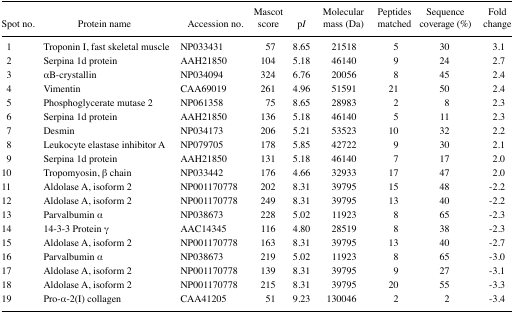
<table><thead><tr><td><b>Spot no.</b></td><td><b>Protein name</b></td><td><b>Accession no.</b></td><td><b>Mascot score</b></td><td><b>p<i>I</i></b></td><td><b>Molecular mass (Da)</b></td><td><b>Peptides matched</b></td><td><b>Sequence coverage (%)</b></td><td><b>Fold change</b></td></tr></thead><tbody><tr><td>1</td><td>Troponin I, fast skeletal muscle</td><td>NP033431</td><td>57</td><td>8.65</td><td>21518</td><td>5</td><td>30</td><td>3.1</td></tr><tr><td>2</td><td>Serpina 1d protein</td><td>AAH21850</td><td>104</td><td>5.18</td><td>46140</td><td>9</td><td>24</td><td>2.7</td></tr><tr><td>3</td><td>αB-crystallin</td><td>NP034094</td><td>324</td><td>6.76</td><td>20056</td><td>8</td><td>45</td><td>2.4</td></tr><tr><td>4</td><td>Vimentin</td><td>CAA69019</td><td>261</td><td>4.96</td><td>51591</td><td>21</td><td>50</td><td>2.4</td></tr><tr><td>5</td><td>Phosphoglycerate mutase 2</td><td>NP061358</td><td>75</td><td>8.65</td><td>28983</td><td>2</td><td>8</td><td>2.3</td></tr><tr><td>6</td><td>Serpina 1d protein</td><td>AAH21850</td><td>136</td><td>5.18</td><td>46140</td><td>5</td><td>11</td><td>2.3</td></tr><tr><td>7</td><td>Desmin</td><td>NP034173</td><td>206</td><td>5.21</td><td>53523</td><td>10</td><td>32</td><td>2.2</td></tr><tr><td>8</td><td>Leukocyte elastase inhibitor A</td><td>NP079705</td><td>178</td><td>5.85</td><td>42722</td><td>9</td><td>30</td><td>2.1</td></tr><tr><td>9</td><td>Serpina 1d protein</td><td>AAH21850</td><td>131</td><td>5.18</td><td>46140</td><td>7</td><td>17</td><td>2.0</td></tr><tr><td>10</td><td>Tropomyosin, β chain</td><td>NP033442</td><td>176</td><td>4.66</td><td>32933</td><td>17</td><td>47</td><td>2.0</td></tr><tr><td>11</td><td>Aldolase A, isoform 2</td><td>NP001170778</td><td>202</td><td>8.31</td><td>39795</td><td>15</td><td>48</td><td>−2.2</td></tr><tr><td>12</td><td>Aldolase A, isoform 2</td><td>NP001170778</td><td>249</td><td>8.31</td><td>39795</td><td>13</td><td>40</td><td>−2.2</td></tr><tr><td>13</td><td>Parvalbumin α</td><td>NP038673</td><td>228</td><td>5.02</td><td>11923</td><td>8</td><td>65</td><td>−2.3</td></tr><tr><td>14</td><td>14-3-3 Protein γ</td><td>AAC14345</td><td>116</td><td>4.80</td><td>28519</td><td>8</td><td>38</td><td>−2.3</td></tr><tr><td>15</td><td>Aldolase A, isoform 2</td><td>NP001170778</td><td>163</td><td>8.31</td><td>39795</td><td>13</td><td>40</td><td>−2.7</td></tr><tr><td>16</td><td>Parvalbumin α</td><td>NP038673</td><td>219</td><td>5.02</td><td>11923</td><td>8</td><td>65</td><td>−3.0</td></tr><tr><td>17</td><td>Aldolase A, isoform 2</td><td>NP001170778</td><td>139</td><td>8.31</td><td>39795</td><td>9</td><td>27</td><td>−3.1</td></tr><tr><td>18</td><td>Aldolase A, isoform 2</td><td>NP001170778</td><td>215</td><td>8.31</td><td>39795</td><td>20</td><td>55</td><td>−3.3</td></tr><tr><td>19</td><td>Pro-α-2(I) collagen</td><td>CAA41205</td><td>51</td><td>9.23</td><td>130046</td><td>2</td><td>2</td><td>−3.4</td></tr></tbody></table>